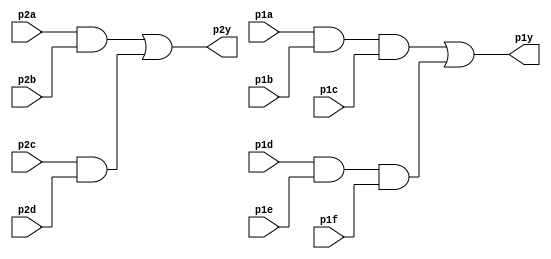
module top_module ( 
    input p1a, p1b, p1c, p1d, p1e, p1f,
    output p1y,
    input p2a, p2b, p2c, p2d,
    output p2y );

    wire p1y_w1, p1y_w2, p2y_w1, p2y_w2;
    
    // p1y
    assign p1y = p1y_w1 | p1y_w2;
    assign p1y_w1 = p1a & p1b & p1c;
    assign p1y_w2 = p1d & p1e & p1f;

    // p2y
    assign p2y = p2y_w1 | p2y_w2;
    assign p2y_w1 = p2a & p2b;
    assign p2y_w2 = p2c & p2d;
endmodule